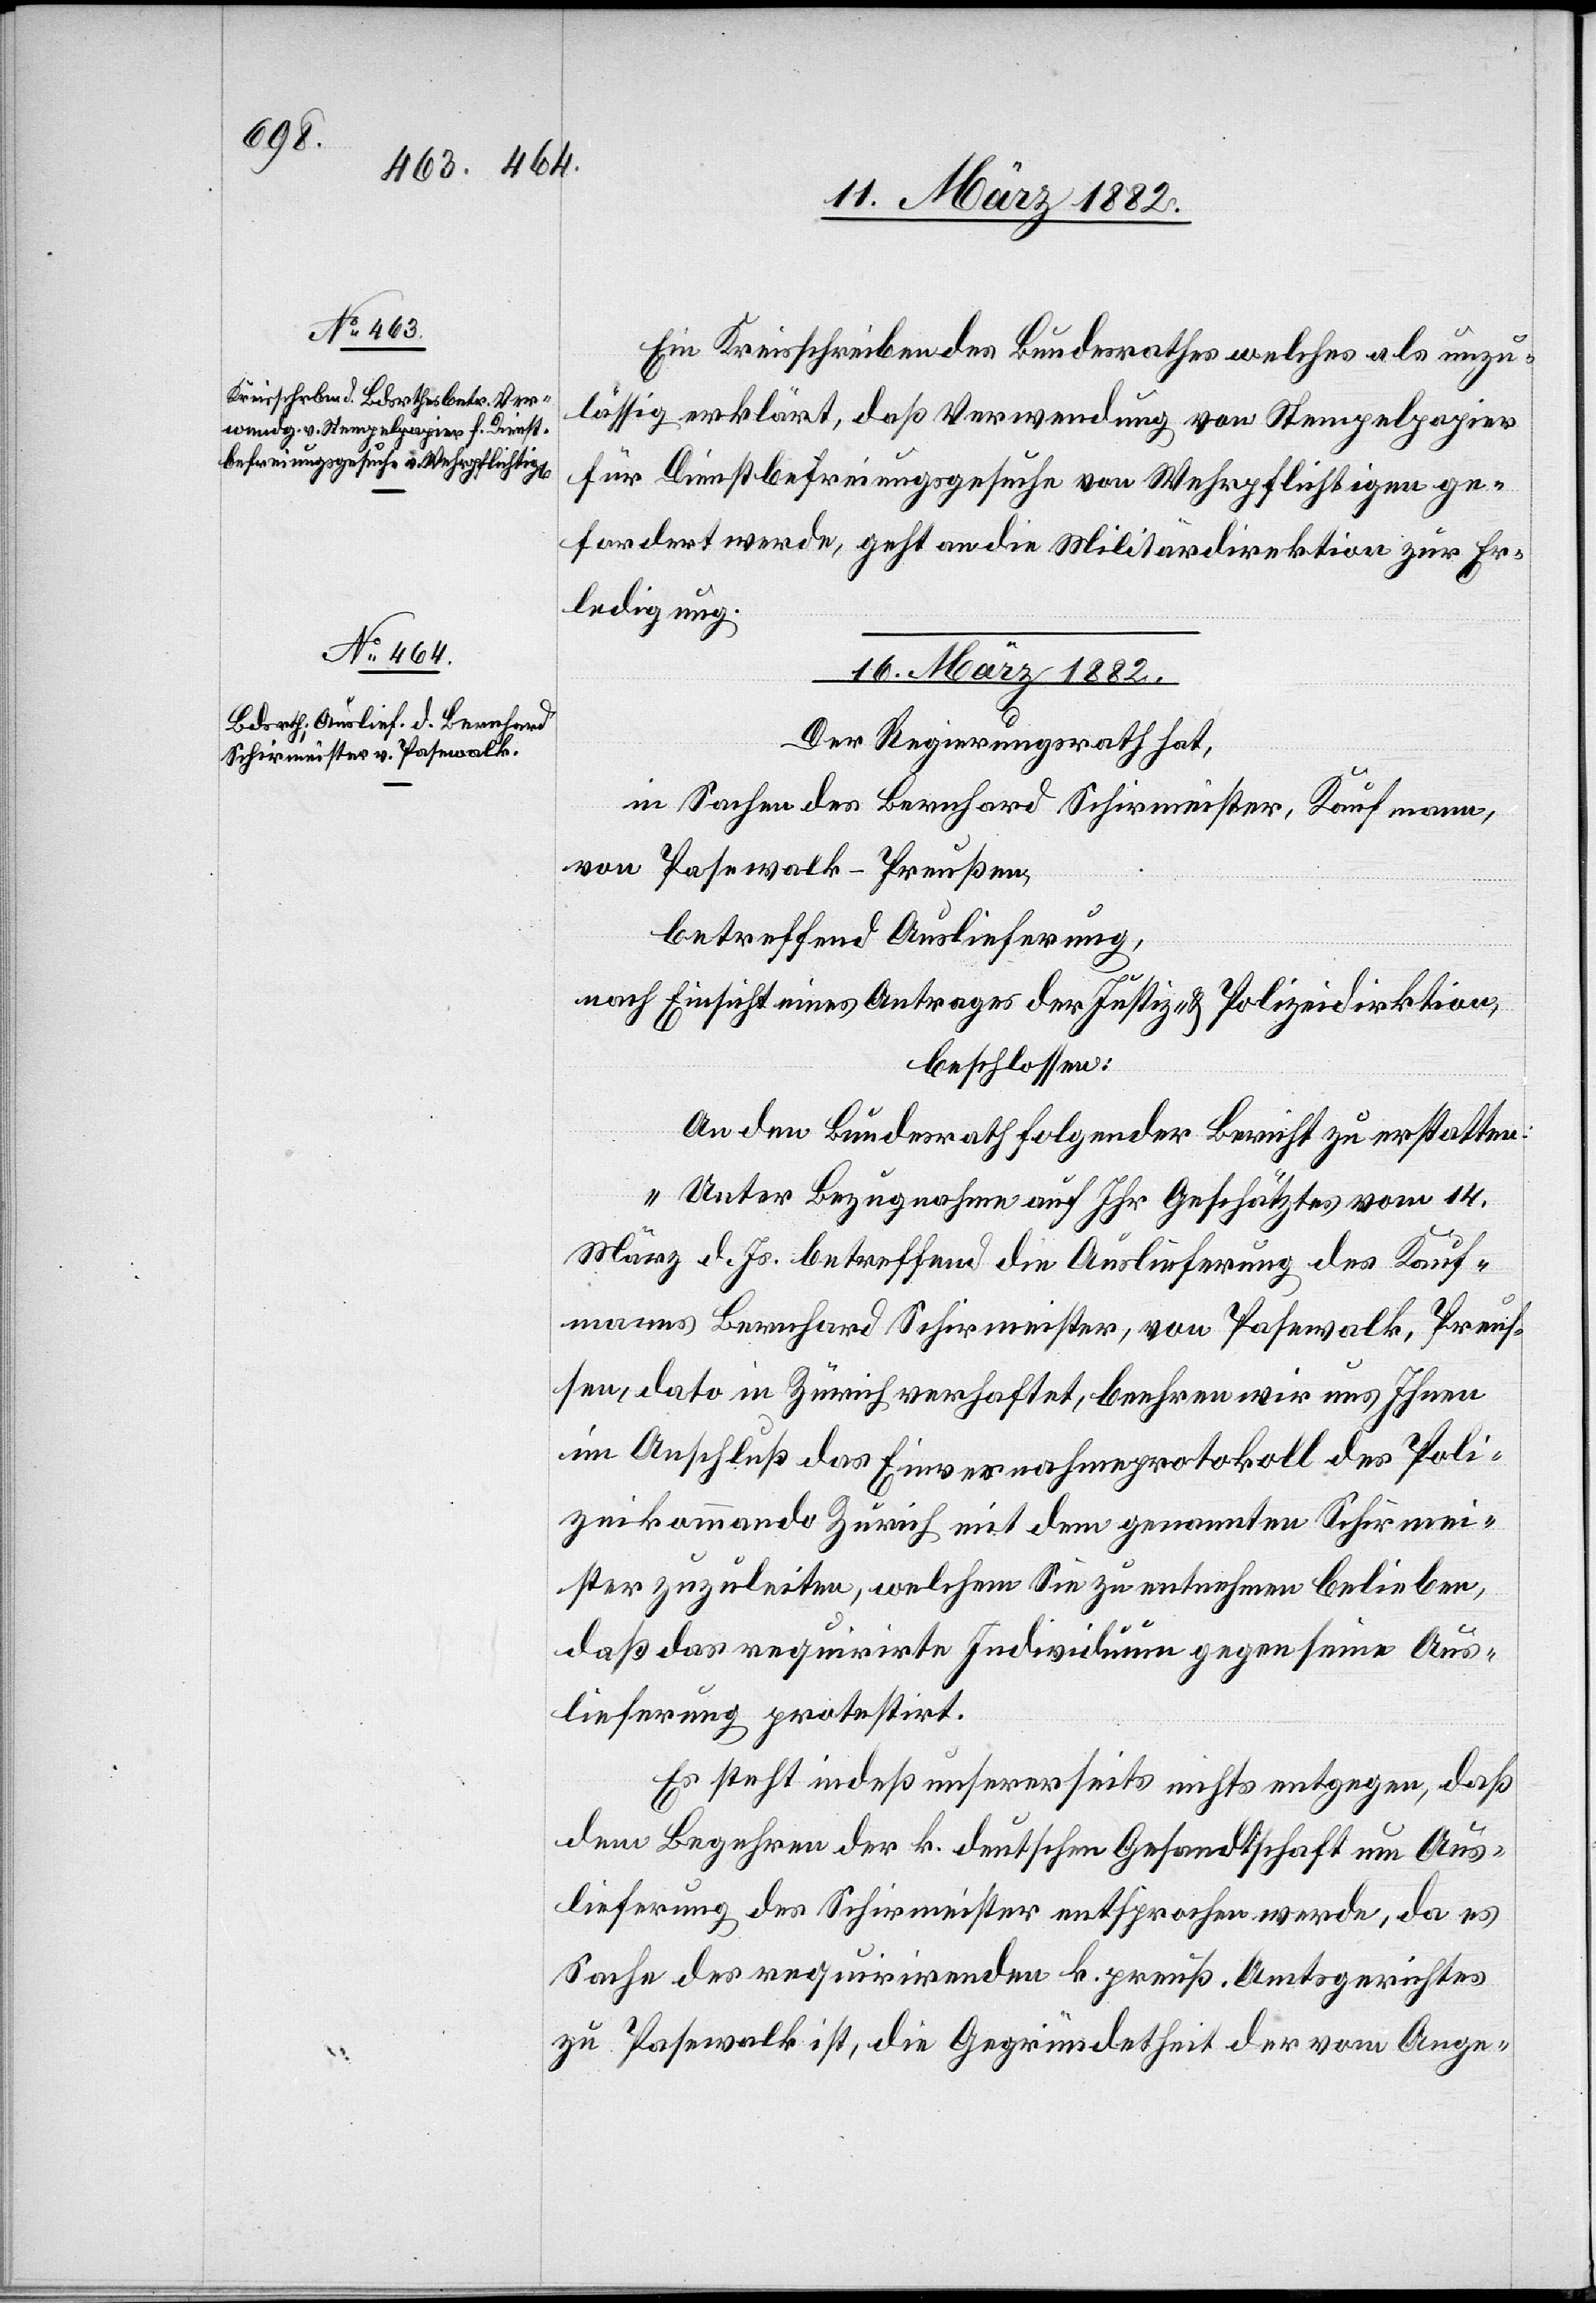
Ein Kreisschreiben des Bundesrathes welches als unzu¬
lässig erklärt, daß Verwendung von Stempelpapier
für Dienstbefreiungsgesuche von Wehrpflichtigen ge¬
fordert werde, geht an die Militärdirektion zur Er¬
ledigung.
16. März 1882.
Der Regierungsrath hat,
in Sachen des Bernhard Schirmeister, Kaufmann,
von Pasewalk - Preußen,
betreffend Auslieferung,
nach Einsicht eines Antrages der Justiz- & Polizeidirektion,
beschlossen:
An den Bundesrath folgenden Bericht zu erstatten:
„Unter Bezugnahme auf Ihr Geschätztes vom 14.
März d. Js. betreffend die Auslieferung des Kauf¬
manns Bernhard Schirmeister, von Pasewalk, Preus¬
sen, dato in Zürich wohnhaft, beehren wir uns Ihnen
im Anschluss das Einvernahmeprotokoll des Poli¬
zeikommando Zürich mit dem genannten Schirmei¬
ster zuzuleiten, welchem Sie zu entnehmen belieben,
daß das requirirte Individuum gegen seine Aus¬
lieferung protestirt.
Es steht indeß unsererseits nichts entgegen, daß
dem Begehren der k. deutschen Gesandtschaft um Aus¬
lieferung des Schirmeister entsprochen werde, da es
Sache des requirirenden k. preuß. Amtsgerichtes
zu Pasewalk ist, die Gegründetheit der vom Ange-